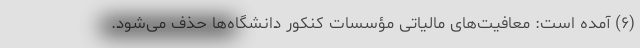
(۶) آمده است: معافیت‌های مالیاتی مؤسسات کنکور دانشگاه‌ها حذف می‌شود.